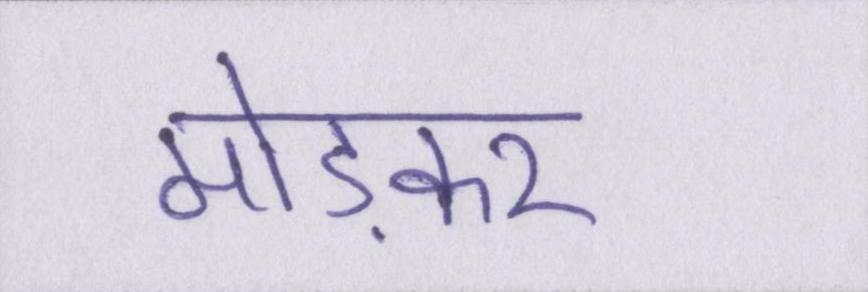
मोड़कर